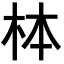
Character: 𪱻